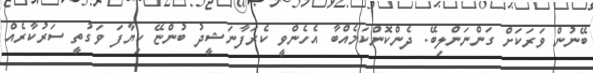
ބޭނުން ވަރަކަށް ގަންނަންލިބޭ. ދެންކޮންކަމެއްބާ އެހެންވީ ކެރަފާނަޝީދު ބުންޏޭ ކިޔާފަ ވަގުތީ ސަރުކާރެއް